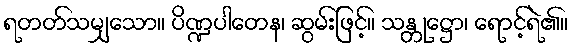
ရတတ်သမျှသော။ ပိဏ္ဍပါတေန၊ ဆွမ်းဖြင့်။ သန္တုဋ္ဌော၊ ရောင့်ရဲ၏။